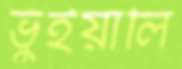
ভুঁইয়ালি